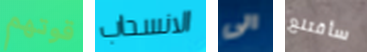
قوتهم الانسحاب الى سأقتلع